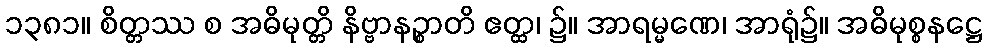
၁၃၈၁။ စိတ္တဿ စ အဓိမုတ္တိ နိဗ္ဗာနဉ္စာတိ ဧတ္ထ၊ ၌။ အာရမ္မဏေ၊ အာရုံ၌။ အဓိမုစ္စနဋ္ဌေ